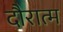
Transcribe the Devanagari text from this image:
दौरात्म